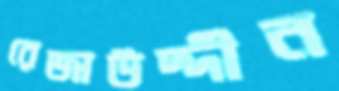
রেজাউদ্দীন